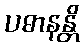
ပဓာနန္တိ